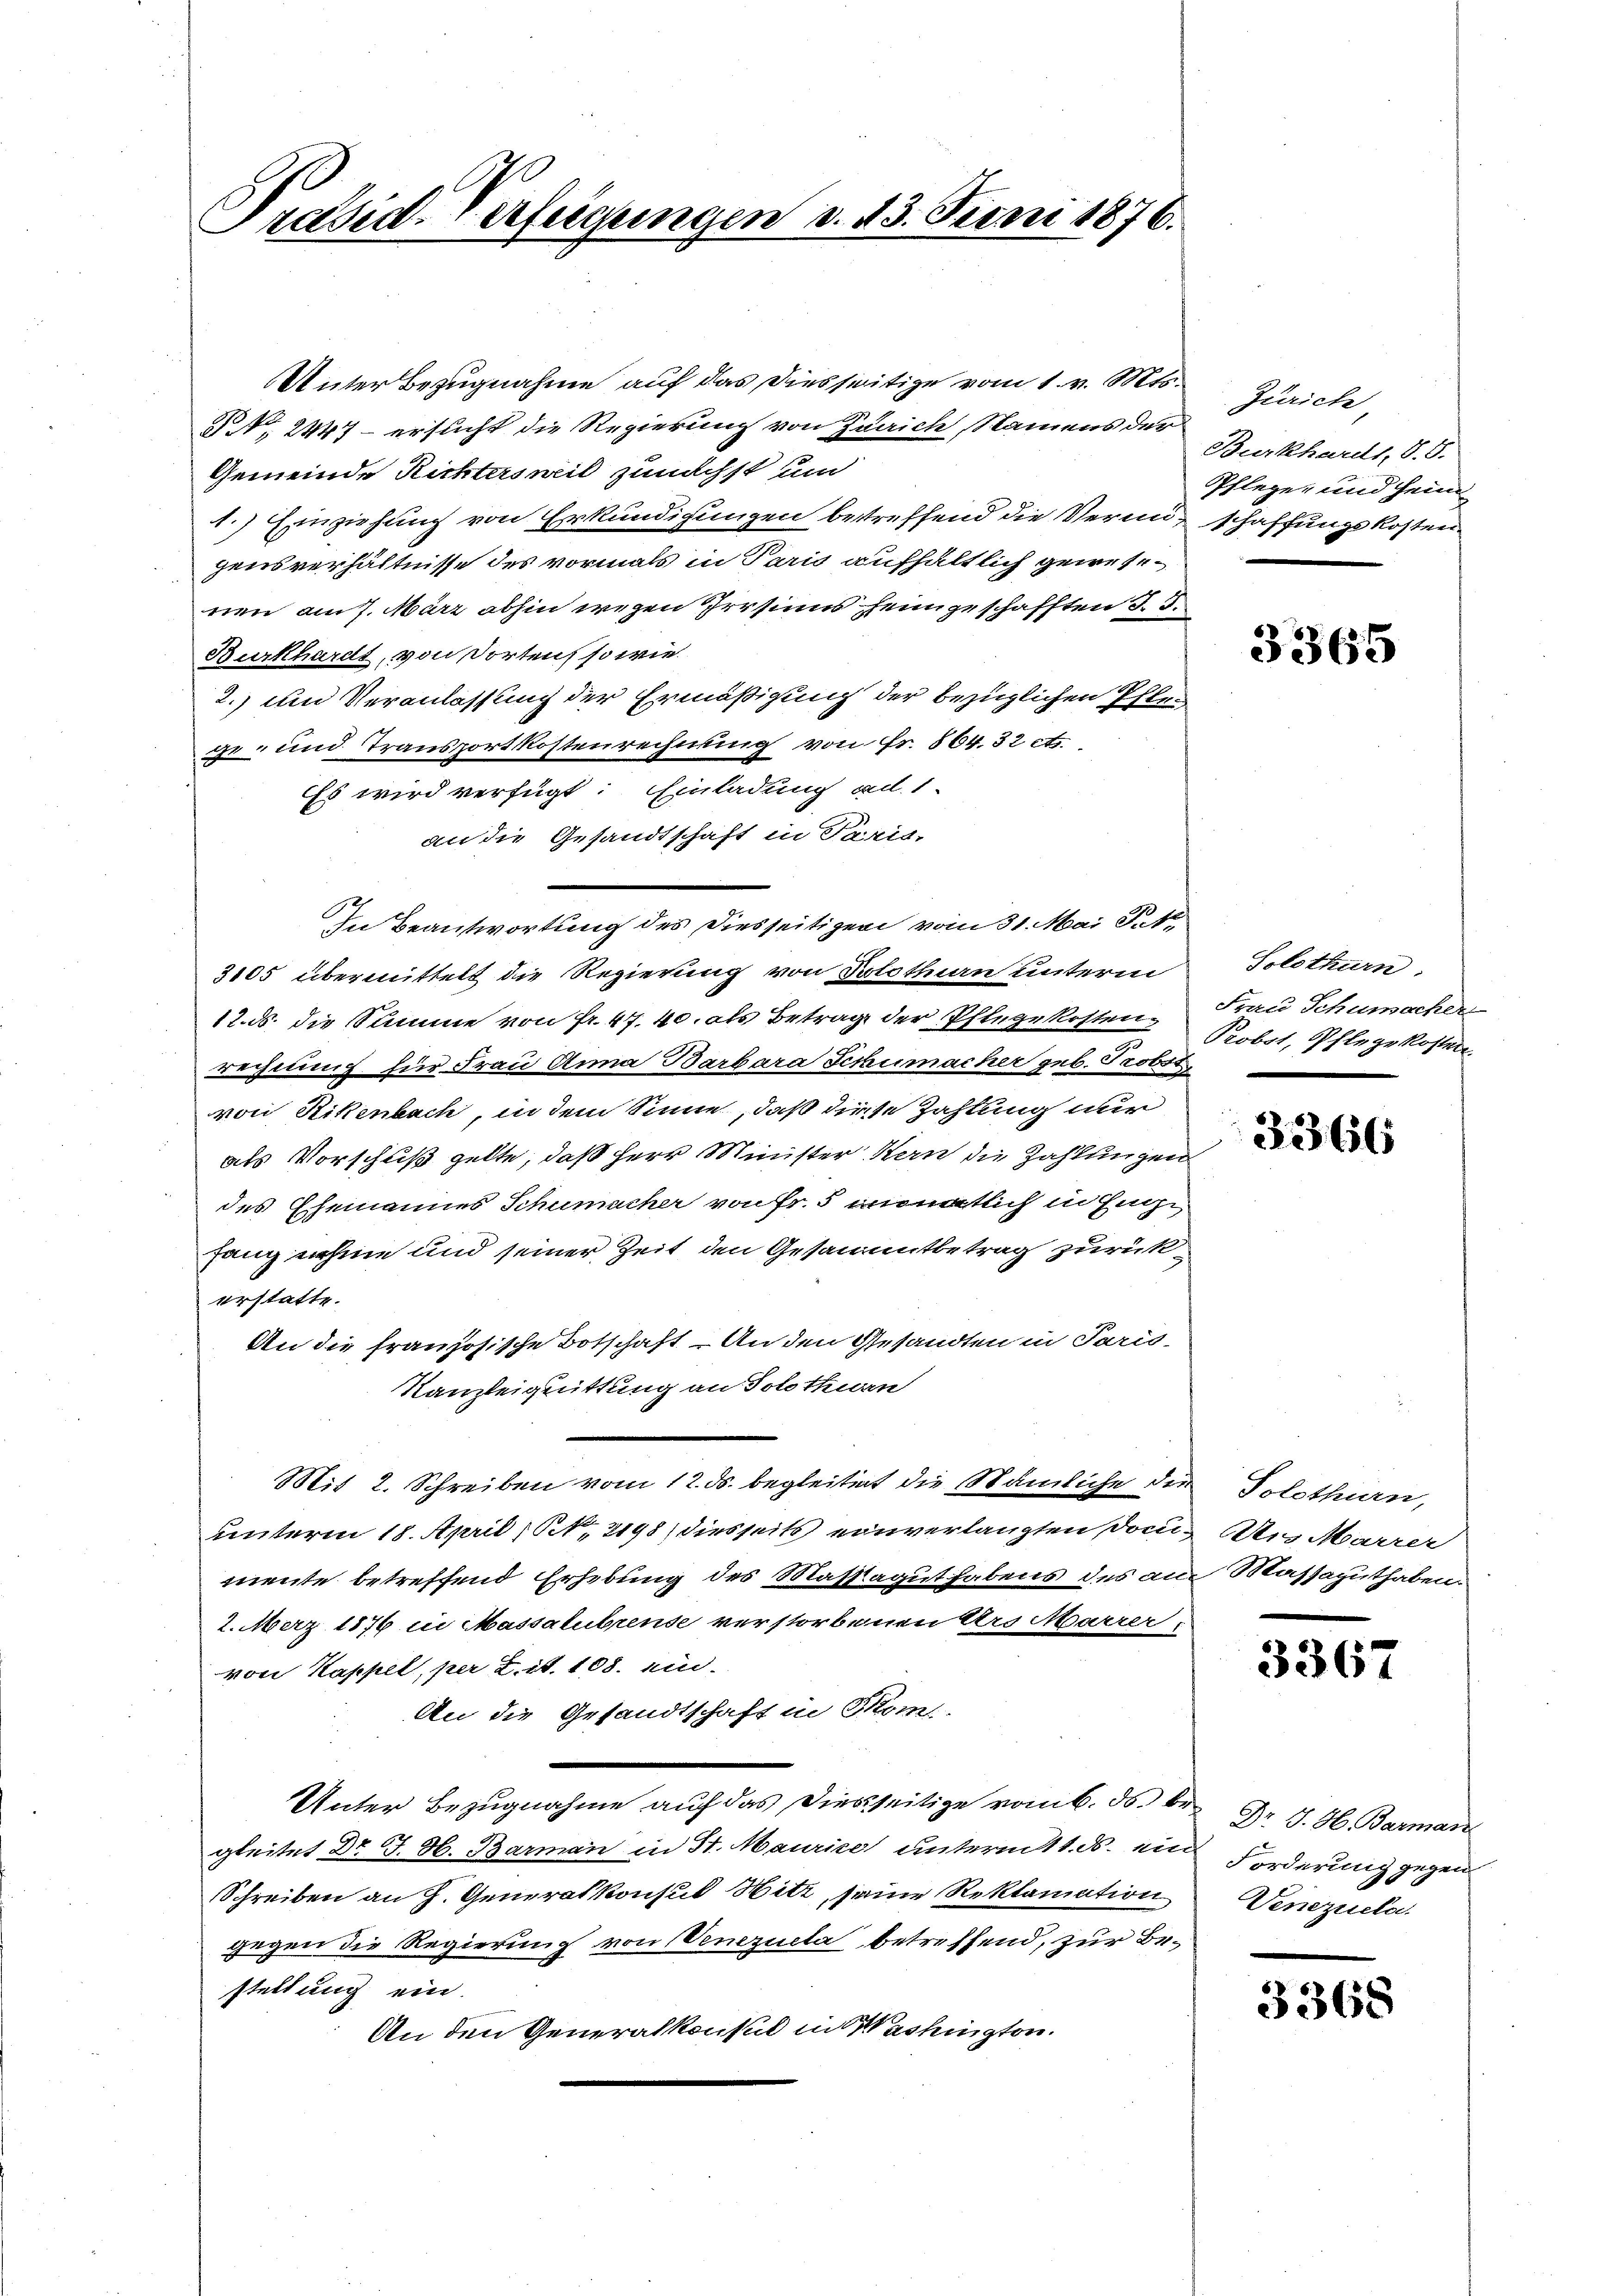
Präsid. Verfügungen d. 13. Juni 1876.

Unter Bezugnahme auf das Diesseitige vom 1. v. Mts.
§ No. 2447 – ersucht die Regierung von Zürich, Namens der
Gemeinde Richtersweil zunächst um
1.) Einziehung von Erkundigungen bestreffend die Verminschaffungskosten
gensverhältnisse des vormals in Paris aufhältlich gewesenen am 7. März abhin wegen Irrsinns heimgeschafften §. 3.
Burkhardt, von Torten so wie
2.) und Veranlassung der Ermäßigung der bezüglichen Pfle
ge- und Transportkostenrechnung von Fr. 564,32 cts.
Es wird verfügt: Einladung ad 1.
an die Gesandtschaft in Paris,
In Beantwortung des Diesseitigen vom 31. Mai Jak.
3105 übermittelt die Regierung von Solothurn unterm
17. ds. die Stimme von Fr. 47. 40. als Betrag der Pflege kostenrechnung für Frau Anna Barbara Schumacher geb. Probss
von Rikenbach, in dem Sinne, daß diese Zahlung nur
als Vorschuß gelte, daß Herr Minister Kern die Zahlungen
des Ehemannes Schumacher von Fr. 5 monatlich in Euge
fang nehme und seiner Zeit den Gesammtbetrag zurückerstatte.
An die französische Botschaft - An den Gesandten in Paris,
Kanzleiquittung an Solothurn
Mit 2. Schreiben vom 12. ds. begleitigt die Nämliche der
unterm 18. April ( NNo. 2198) diesseits einverlangten Domimeute betreffend Erhebung des Massagut habens des am Massaguthaben.
2. März 1876 in Massalubrense verstorbenen Ars Marrer,
von Kappel, per 2. it. 108. ein.
An die Gesandtschaft in Som-
Unter Bezugnahme auf das Diesseitige vom 6. ds. Dr J. H. Barman
gleitet Dr J. H. Barman in St. Maurice unterm 11. ds. ein Forderung gegen
Schreiben an H. Generalkonsul Witt, seine Reklamation
gegen die Regierung von Venezucta betreffend, zur Bestellung ein.
An den Generalkonsul in Washington.

Zürich
Burkhardt, S. 5.
Pflege, und heim

3365

Solothurn.
Frau Schumacher
Probst, Pflegekosten

3366

Solothurn,
Ans Marrer

3367

Venezuela

3368